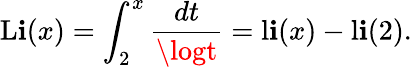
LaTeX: \operatorname{L\mathbf{i}}(x)=\int_{2}^{x}{\frac{{dt}}{{\logt}}}=\operatorname{l\mathbf{i}}(x)-\operatorname{l\mathbf{i}}(2).